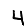
Digit: 4